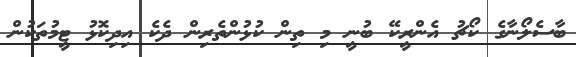
ބާސެލޯނާގެ ކޯޗު އެންރީކޭ ބުނީ މި ތިން ކުޅުންތެރިން ދެކެ އިދިކޮޅު ޓީމުތަކުން